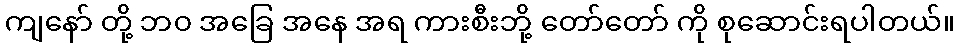
ကျနော် တို့ ဘ၀ အခြေ အနေ အရ ကားစီးဘို့ တော်တော် ကို စုဆောင်းရပါတယ်။